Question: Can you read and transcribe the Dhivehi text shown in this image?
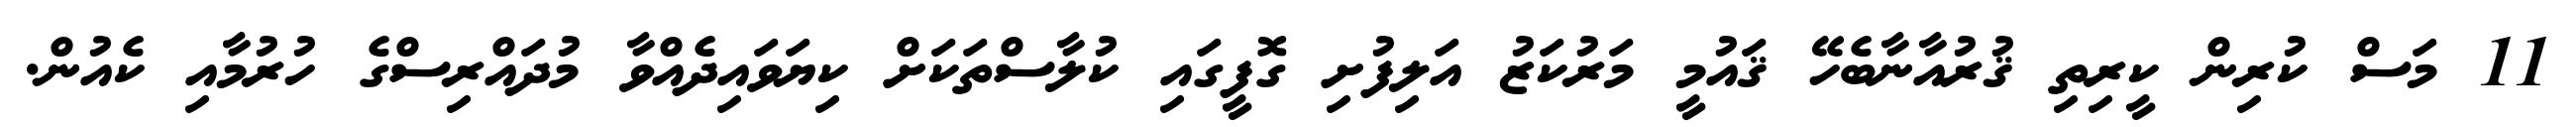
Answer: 11 މަސް ކުރިން ކީރިތި ޤުރުއާނާބެހޭ ޤައުމީ މަރުކަޒު އަލިފުށި ގޮފީގައި ކުލާސްތަކަށް ކިޔަވައިދެއްވާ މުދައްރިސްގެ ހުރުމާއި ކެއުން.